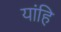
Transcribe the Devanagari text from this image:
यांहि